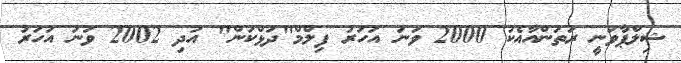
ޝިލްޕާވަނީ ރަތަންއާއެކު 2000 ވަނަ އަހަރު ފިލްމް"ދަޅްކަން" އަދި 2002 ވަނަ އަހަރު